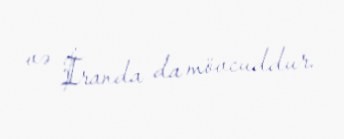
və İranda da mövcuddur.